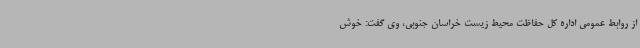
از روابط عمومی اداره کل حفاظت محیط زیست خراسان جنوبی، وی گفت: خوش